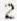
2